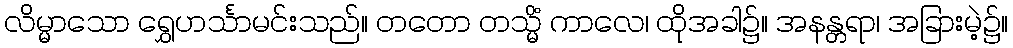
လိမ္မာသော ရွှေဟင်္သာမင်းသည်။ တတော တသ္မိံ ကာလေ၊ ထိုအခါ၌။ အနန္တရာ၊ အခြားမဲ့၌။